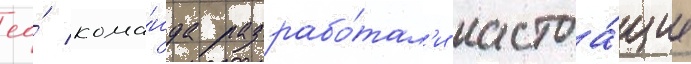
ео́ кома́нда разрабо́тал'и настоа́щие